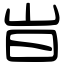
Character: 㞱